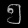
Digit: ၅